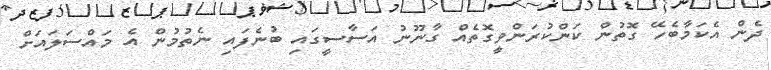
ދެން އެކަމާބެހޭ ގޮތުން ކަންކުރަންވީގޮތެއް ގާނޫނު އަސާސީގައި ބުނެފައި ނެތުމުން އެ މައްސަލައަށް